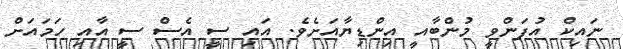
ނައިކް އުފަންވީ މުންބާއީ އިންޑިޔާއަށެވެ. އައި ސީ އެސް ސީ އާއި ހަމައަށް